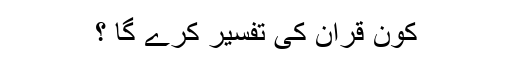
کون قران کی تفسیر کرے گا ؟